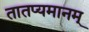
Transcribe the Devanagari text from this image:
तातप्यमानम्